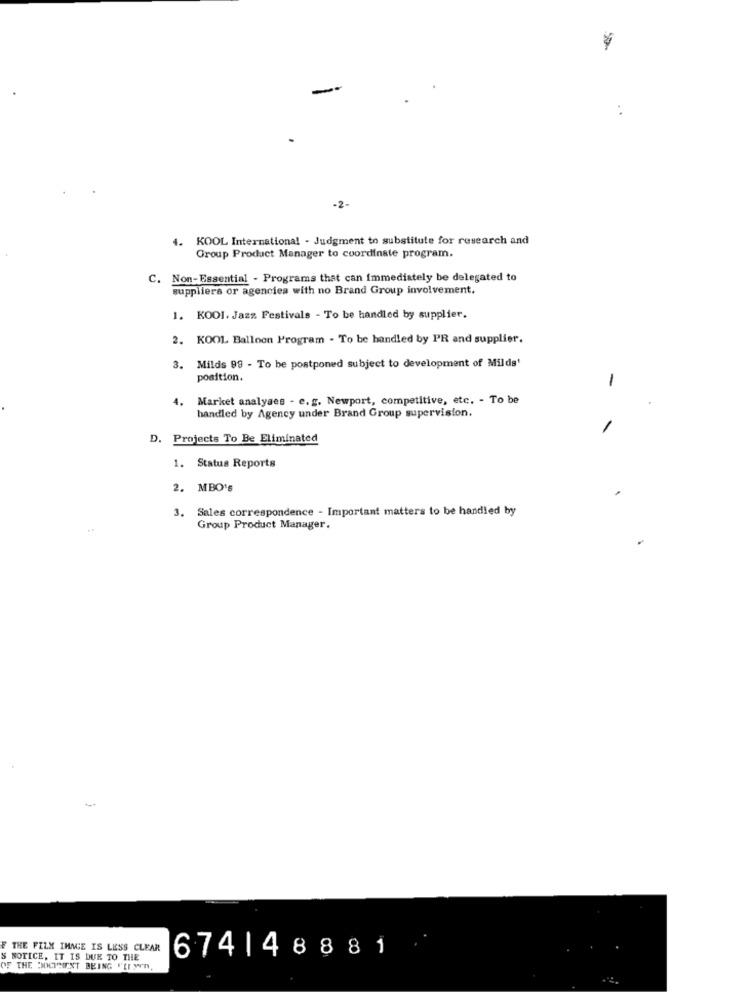
-2-
4. KOOL International - Judgment to substitute for research and
Group Product Manager to coordinate program.
C.
Non-Essential - Programs that can immediately be delegated to
suppliers or agencies with no Brand Group involvement.
1. KOOI. Jazz Festivals - To be handled by supplier.
2. KOOL Balloon Program - To be handled by PR and supplier.
3.
Milds 99 - To be postponed subject to development of Milds'
position.
-
4. Market analyses - e. g. Newport, competitive, etc. - To be
handled by Agency under Brand Group supervision.
. Projects To Be Eliminated
1. Status Reports
2. MBO's
3.
Sales correspondence - Important matters to be handled by
Group Product Manager.
F THE FILM IMAGE IS LESS CLEAR
S NOTICE, IT IS DUE TO THE
674|48881
OF THE DOCIMENT BEING "LIWO.